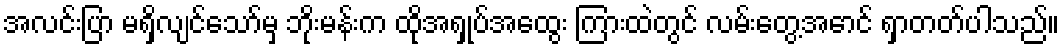
အလင်းပြာ မရှိလျင်သော်မှ ဘိုးမန်းက ထိုအရှုပ်အထွေး ကြားထဲတွင် လမ်းတွေ့အောင် ရှာတတ်ပါသည်။